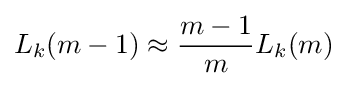
L_{k}(m-1)\approx {\frac {m-1}{m}}L_{k}(m)